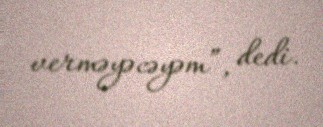
verməyəcəyəm”, dedi.